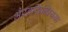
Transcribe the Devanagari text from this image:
भैरवसिन्धियया